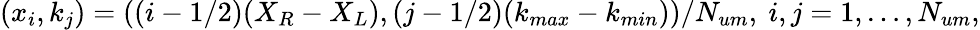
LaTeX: (x_{i},k_{j})=((i-{1}/{2}){(X_{R}-X_{L})},(j-{1}/{2})(k_{max}-k_{min}))/{N_{um}},\ i,j=1,\dots,N_{um},